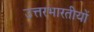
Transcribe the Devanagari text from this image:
उत्तरभारतीयों